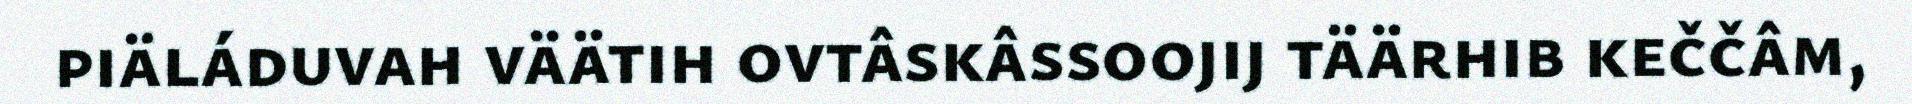
piäláduvah väätih ovtâskâssoojij täärhib keččâm,